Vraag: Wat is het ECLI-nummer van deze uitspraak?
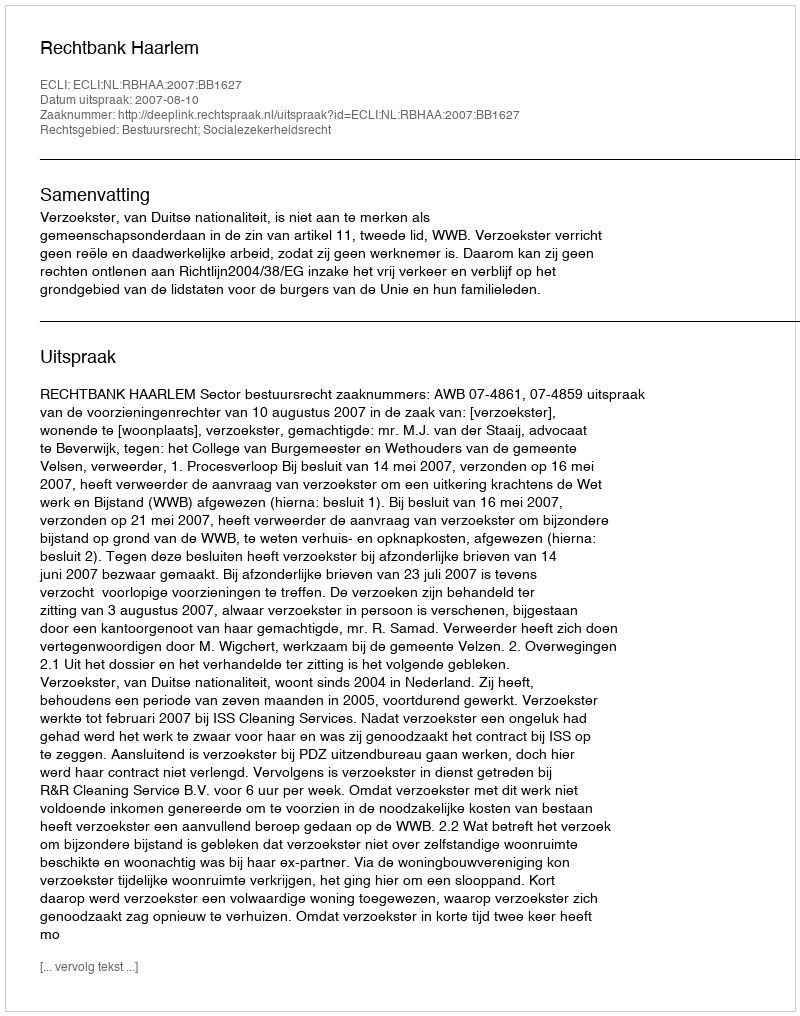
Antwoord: ECLI:NL:RBHAA:2007:BB1627